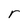
Character: r